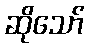
ဆိုသော်